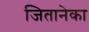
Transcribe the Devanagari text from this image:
जितानेका